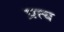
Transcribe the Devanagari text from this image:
प्रत्य